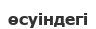
өсуіндегі